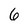
Character: 6